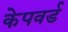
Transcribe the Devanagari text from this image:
केपवर्ड